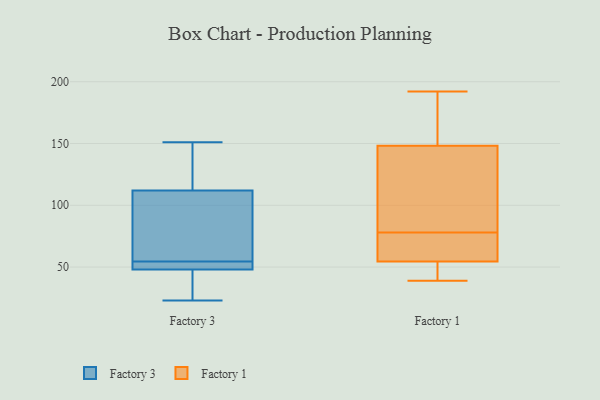
{"axis": {"x": "Revenue (USD Million)", "y": "Value"}, "legend": ["Factory 1", "Factory 3"], "data": [{"x": "", "y": 116, "type": "Factory 3"}, {"x": "", "y": 23, "type": "Factory 3"}, {"x": "", "y": 38, "type": "Factory 3"}, {"x": "", "y": 48, "type": "Factory 3"}, {"x": "", "y": 52, "type": "Factory 3"}, {"x": "", "y": 106, "type": "Factory 3"}, {"x": "", "y": 94, "type": "Factory 3"}, {"x": "", "y": 25, "type": "Factory 3"}, {"x": "", "y": 151, "type": "Factory 3"}, {"x": "", "y": 48, "type": "Factory 3"}, {"x": "", "y": 131, "type": "Factory 3"}, {"x": "", "y": 57, "type": "Factory 3"}, {"x": "", "y": 112, "type": "Factory 3"}, {"x": "", "y": 49, "type": "Factory 3"}, {"x": "", "y": 148, "type": "Factory 1"}, {"x": "", "y": 73, "type": "Factory 1"}, {"x": "", "y": 149, "type": "Factory 1"}, {"x": "", "y": 46, "type": "Factory 1"}, {"x": "", "y": 69, "type": "Factory 1"}, {"x": "", "y": 192, "type": "Factory 1"}, {"x": "", "y": 100, "type": "Factory 1"}, {"x": "", "y": 126, "type": "Factory 1"}, {"x": "", "y": 152, "type": "Factory 1"}, {"x": "", "y": 39, "type": "Factory 1"}, {"x": "", "y": 56, "type": "Factory 1"}, {"x": "", "y": 50, "type": "Factory 1"}, {"x": "", "y": 78, "type": "Factory 1"}]}